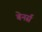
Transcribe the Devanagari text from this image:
बेनर्स